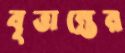
বৃত্তান্তের